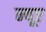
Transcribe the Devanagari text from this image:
न्‍यूए